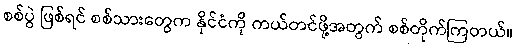
စစ်ပွဲ ဖြစ်ရင် စစ်သားတွေက နိုင်ငံကို ကယ်တင်ဖို့အတွက် စစ်တိုက်ကြတယ်။